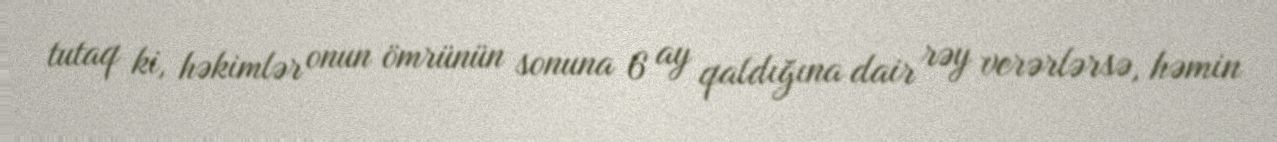
tutaq ki, həkimlər onun ömrünün sonuna 6 ay qaldığına dair rəy verərlərsə, həmin